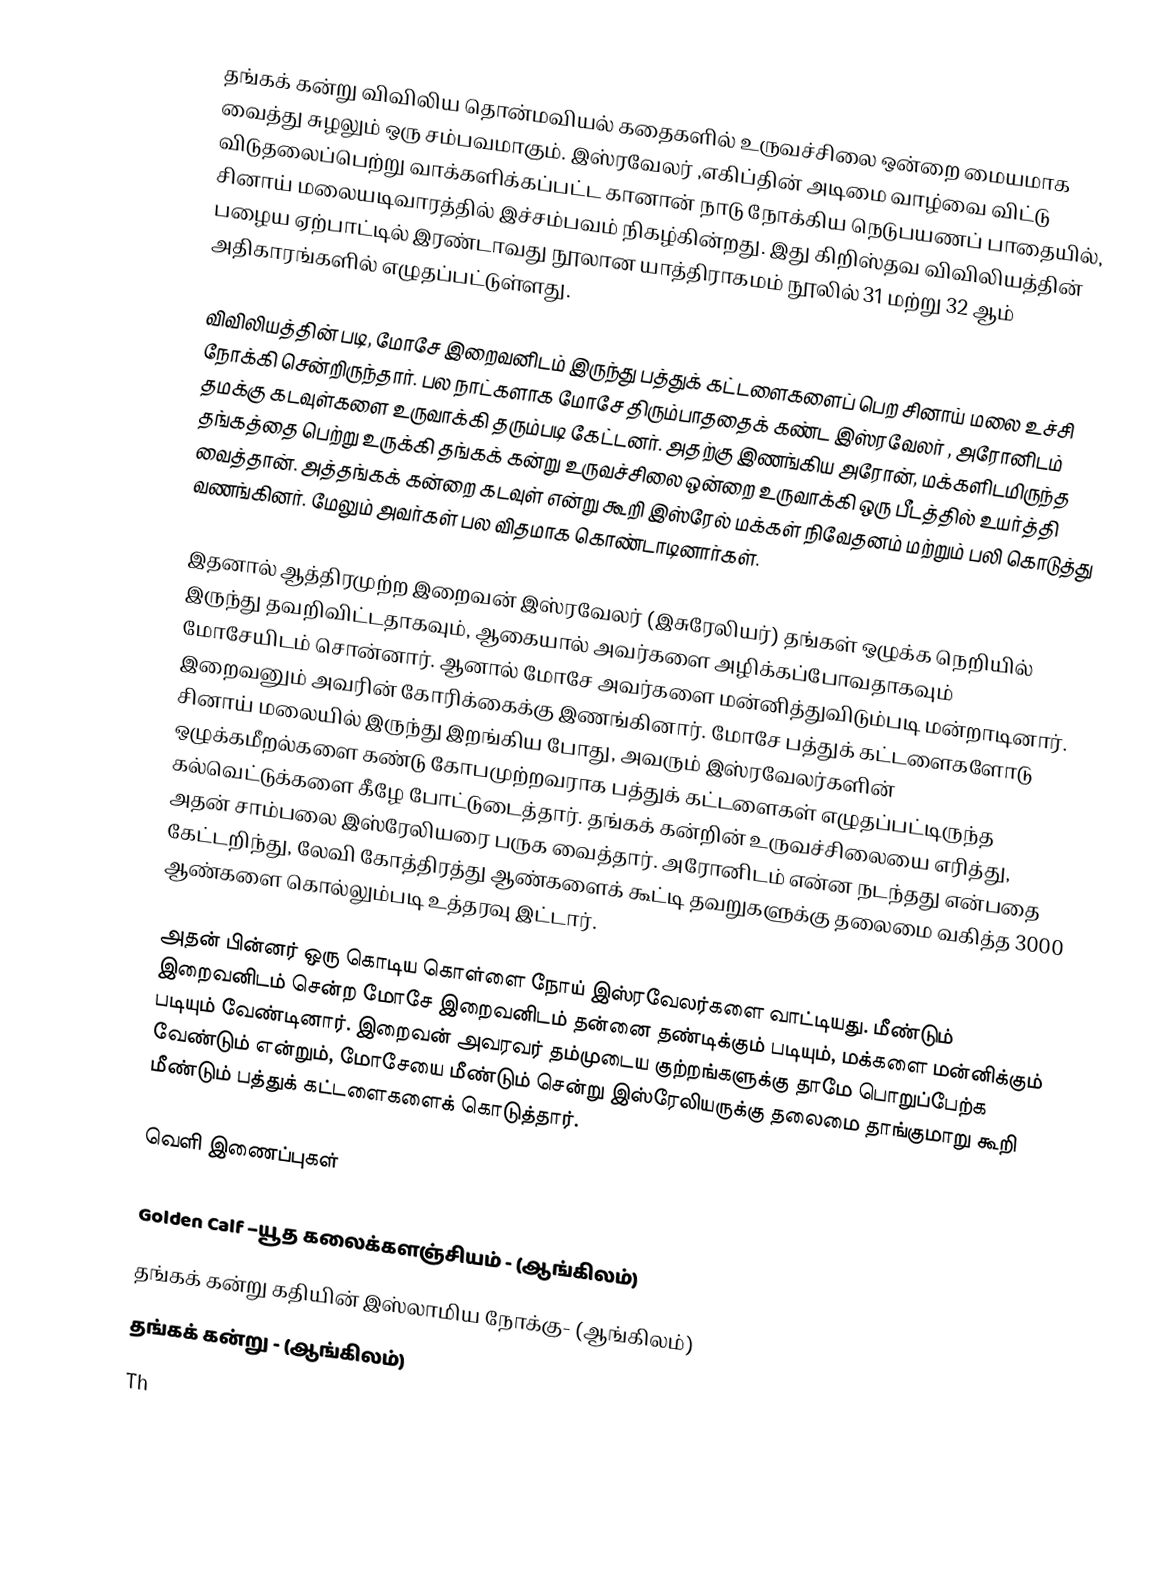
தங்கக் கன்று விவிலிய தொன்மவியல் கதைகளில் உருவச்சிலை ஒன்றை மையமாக வைத்து சுழலும் ஒரு சம்பவமாகும். இஸ்ரவேலர் ,எகிப்தின் அடிமை வாழ்வை விட்டு விடுதலைப்பெற்று வாக்களிக்கப்பட்ட கானான் நாடு நோக்கிய நெடுபயணப் பாதையில், சினாய் மலையடிவாரத்தில் இச்சம்பவம் நிகழ்கின்றது. இது கிறிஸ்தவ விவிலியத்தின் பழைய ஏற்பாட்டில் இரண்டாவது நூலான யாத்திராகமம் நூலில் 31 மற்று 32 ஆம் அதிகாரங்களில் எழுதப்பட்டுள்ளது.

விவிலியத்தின் படி, மோசே இறைவனிடம் இருந்து பத்துக் கட்டளைகளைப் பெற சினாய் மலை உச்சி நோக்கி சென்றிருந்தார். பல நாட்களாக மோசே திரும்பாததைக் கண்ட இஸ்ரவேலர் , அரோனிடம் தமக்கு கடவுள்களை உருவாக்கி தரும்படி கேட்டனர். அதற்கு இணங்கிய அரோன், மக்களிடமிருந்த தங்கத்தை பெற்று உருக்கி தங்கக் கன்று உருவச்சிலை ஒன்றை உருவாக்கி ஒரு பீடத்தில் உயர்த்தி வைத்தான். அத்தங்கக் கன்றை கடவுள் என்று கூறி இஸ்ரேல் மக்கள் நிவேதனம் மற்றும் பலி கொடுத்து வணங்கினர். மேலும் அவர்கள் பல விதமாக கொண்டாடினார்கள்.

இதனால் ஆத்திரமுற்ற இறைவன் இஸ்ரவேலர் (இசுரேலியர்) தங்கள் ஒழுக்க நெறியில் இருந்து தவறிவிட்டதாகவும், ஆகையால் அவர்களை அழிக்கப்போவதாகவும் மோசேயிடம் சொன்னார். ஆனால் மோசே அவர்களை மன்னித்துவிடும்படி மன்றாடினார். இறைவனும் அவரின் கோரிக்கைக்கு இணங்கினார். மோசே பத்துக் கட்டளைகளோடு சினாய் மலையில் இருந்து இறங்கிய போது, அவரும் இஸ்ரவேலர்களின் ஒழுக்கமீறல்களை கண்டு கோபமுற்றவராக பத்துக் கட்டளைகள் எழுதப்பட்டிருந்த கல்வெட்டுக்களை கீழே போட்டுடைத்தார். தங்கக் கன்றின் உருவச்சிலையை எரித்து, அதன் சாம்பலை இஸ்ரேலியரை பருக வைத்தார். அரோனிடம் என்ன நடந்தது என்பதை கேட்டறிந்து, லேவி கோத்திரத்து ஆண்களைக் கூட்டி தவறுகளுக்கு தலைமை வகித்த 3000 ஆண்களை கொல்லும்படி உத்தரவு இட்டார்.

அதன் பின்னர் ஒரு கொடிய கொள்ளை நோய் இஸ்ரவேலர்களை வாட்டியது. மீண்டும் இறைவனிடம் சென்ற மோசே இறைவனிடம் தன்னை தண்டிக்கும் படியும், மக்களை மன்னிக்கும் படியும் வேண்டினார். இறைவன் அவரவர் தம்முடைய குற்றங்களுக்கு தாமே பொறுப்பேற்க வேண்டும் என்றும், மோசேயை மீண்டும் சென்று இஸ்ரேலியருக்கு தலைமை தாங்குமாறு கூறி மீண்டும் பத்துக் கட்டளைகளைக் கொடுத்தார்.

வெளி இணைப்புகள்

 Golden Calf –யூத கலைக்களஞ்சியம் - (ஆங்கிலம்)
 தங்கக் கன்று கதியின் இஸ்லாமிய நோக்கு- (ஆங்கிலம்)
 தங்கக் கன்று - (ஆங்கிலம்)
 Th